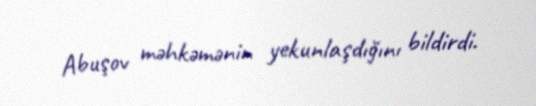
Abuşov məhkəmənin yekunlaşdığını bildirdi.